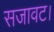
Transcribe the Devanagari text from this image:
सजावट।